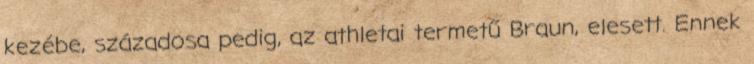
kezébe, századosa pedig, az athletai termetű Braun, elesett. Ennek